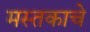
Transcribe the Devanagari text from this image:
मस्तकाचे